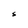
Character: S